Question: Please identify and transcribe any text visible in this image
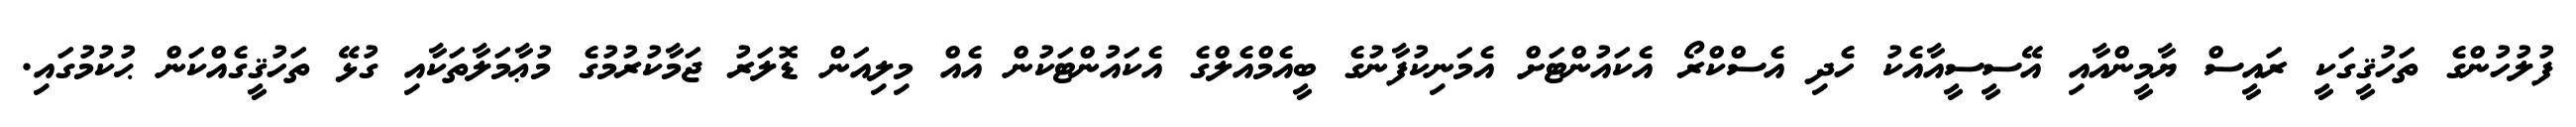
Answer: ފުލުހުންގެ ތަހުޤީގަކީ ރައީސް ޔާމީންއާއި އޭސީސީއާއެކު ހެދި އެސްކްރޯ އެކައުންޓަށް އެމަނިކުފާނުގެ ބީއެމްއެލްގެ އެކައުންޓަކުން އެއް މިލިއަން ޑޮލަރު ޖަމާކުރުމުގެ މުޢާމަލާތަކާއި ގުޅޭ ތަހުޤީގެއްކަން ޙުކުމުގައި.